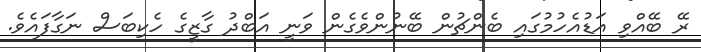
ރޭ ބޭއްވި އަޑުއެހުމުގައި ބެންޗުން ބޭނުންވެގެން ވަނީ އަބްދު ގާޒީގެ ހެކިބަސް ނަގާފައެވެ.